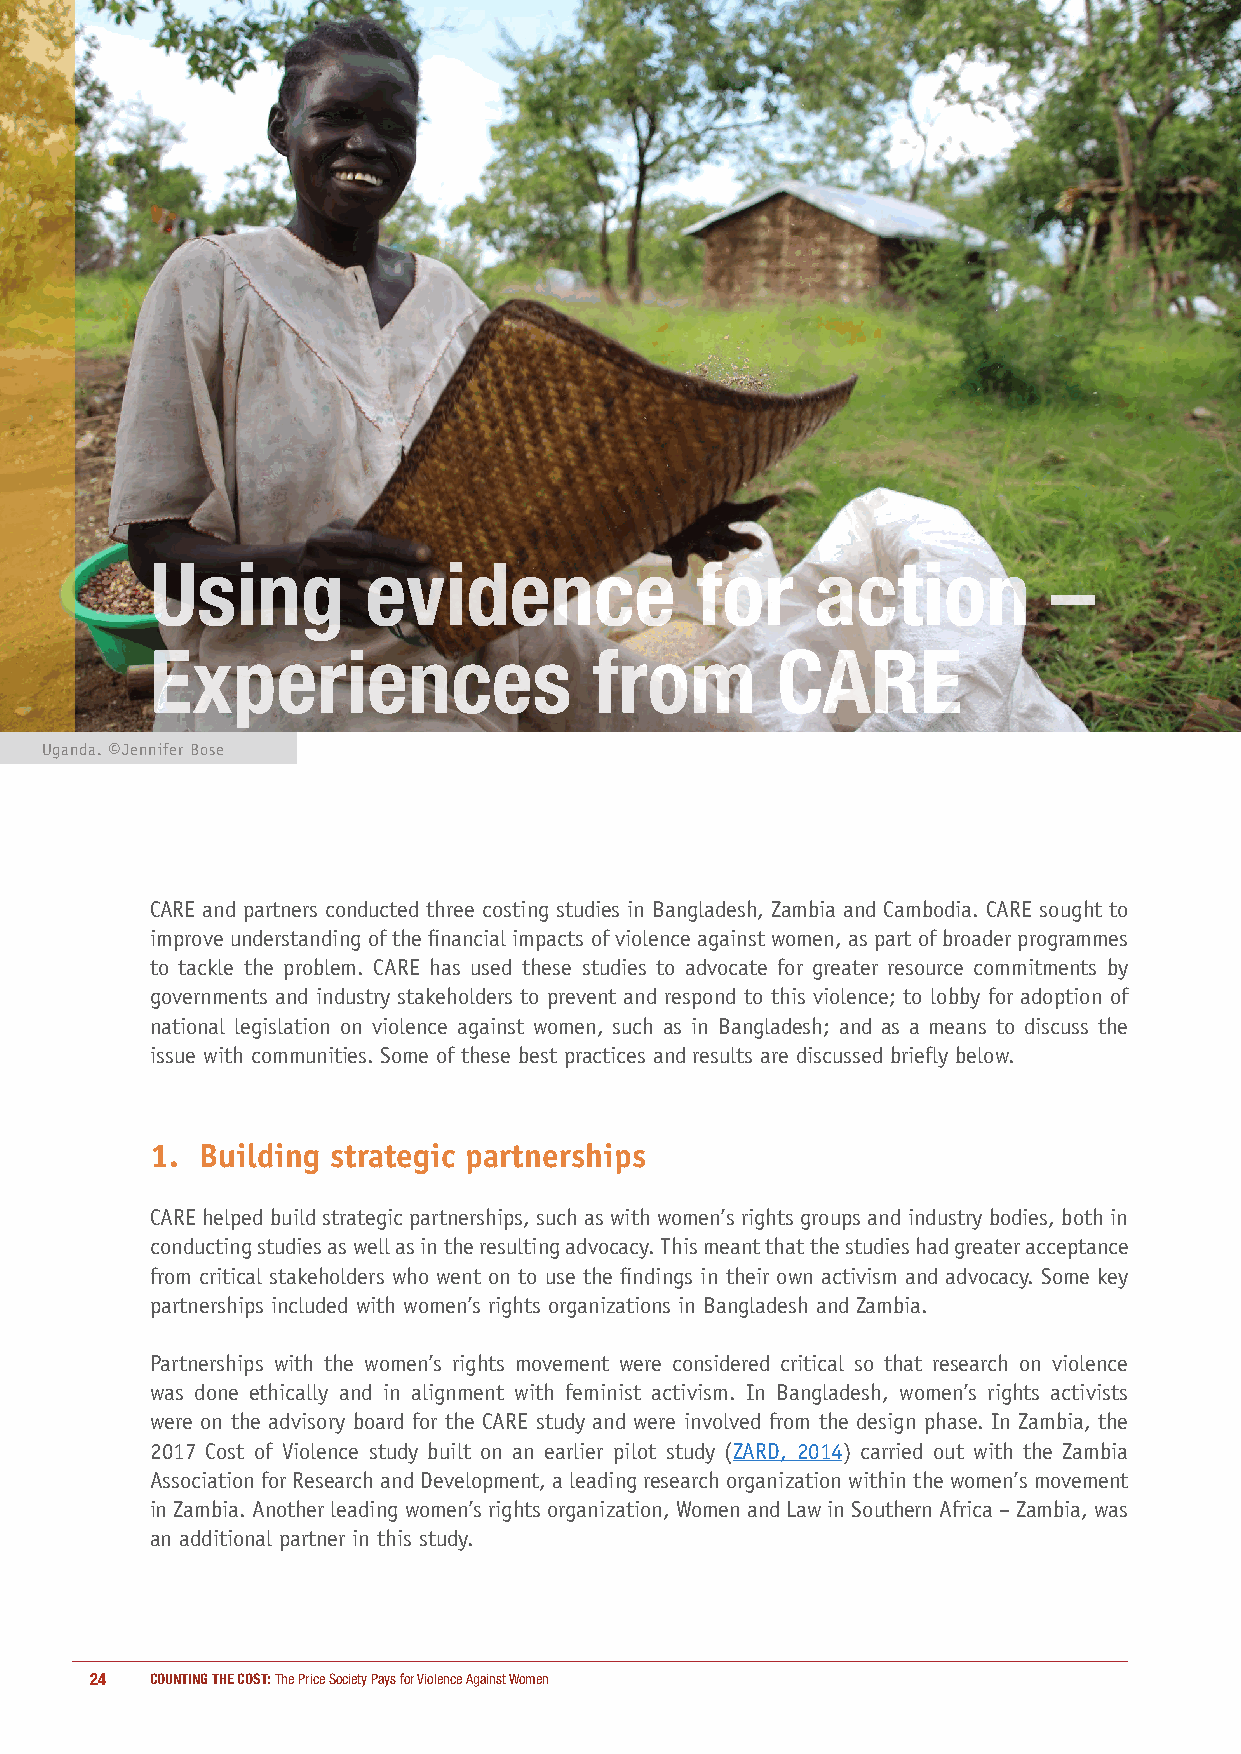
Using         evidence              for     action          –
 Experiences                  from        CARE
 Uganda. ©Jennifer Bose
 CARE and partners conducted three costing studies in Bangladesh, Zambia and Cambodia. CARE sought to
 improve understanding of the financial impacts of violence against women, as part of broader programmes
 to tackle the problem. CARE has used these studies to advocate for greater resource commitments by
 governments and industry stakeholders to prevent and respond to this violence; to lobby for adoption of
 national legislation on violence against women, such as in Bangladesh; and as a means to discuss the
 issue with communities. Some of these best practices and results are discussed briefly below.
 1. Building strategic partnerships
 CARE helped build strategic partnerships, such as with women’s rights groups and industry bodies, both in
 conducting studies as well as in the resulting advocacy. This meant that the studies had greater acceptance
 from critical stakeholders who went on to use the findings in their own activism and advocacy. Some key
 partnerships included with women’s rights organizations in Bangladesh and Zambia.
 Partnerships with the women’s rights movement were considered critical so that research on violence
 was done ethically and in alignment with feminist activism. In Bangladesh, women’s rights activists
 were on the advisory board for the CARE study and were involved from the design phase. In Zambia, the
 2017 Cost of Violence study built on an earlier pilot study (ZARD, 2014) carried out with the Zambia
 Association for Research and Development, a leading research organization within the women’s movement
 in Zambia. Another leading women’s rights organization, Women and Law in Southern Africa – Zambia, was
 an additional partner in this study.
 24  COUNTING THE COST: The Price Society Pays for Violence Against Women